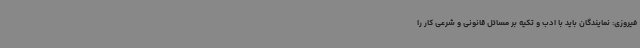
فیروزی: نمایندگان باید با ادب و تکیه بر مسائل قانونی و شرعی کار را